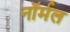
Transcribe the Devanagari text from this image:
नाॅर्मल